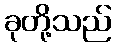
ခုတို့သည်